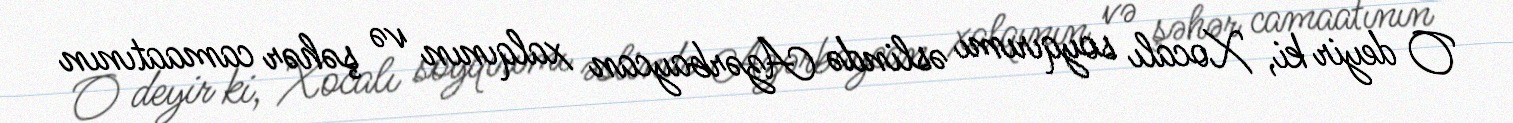
O deyir ki, Xocalı soyqırımı əslində Azərbaycan xalqının və şəhər camaatının